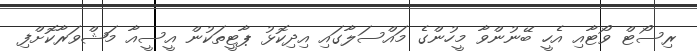
ރިސޯޓް ވޯޓާއި އެހީ ބޭނުންވާ މީހުންގެ މައްސަލާގައި އިދިކޮޅު ޕާޓީތަކުން އީސީއާ މަޝްވަރާކޮށްފި